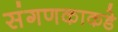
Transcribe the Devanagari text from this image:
संगणकाकडे